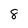
Character: 8